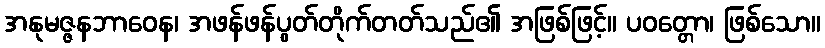
အနုမဇ္ဇနဘာဝေန၊ အဖန်ဖန်ပွတ်တိုက်တတ်သည်၏ အဖြစ်ဖြင့်။ ပဝတ္တော၊ ဖြစ်သော။